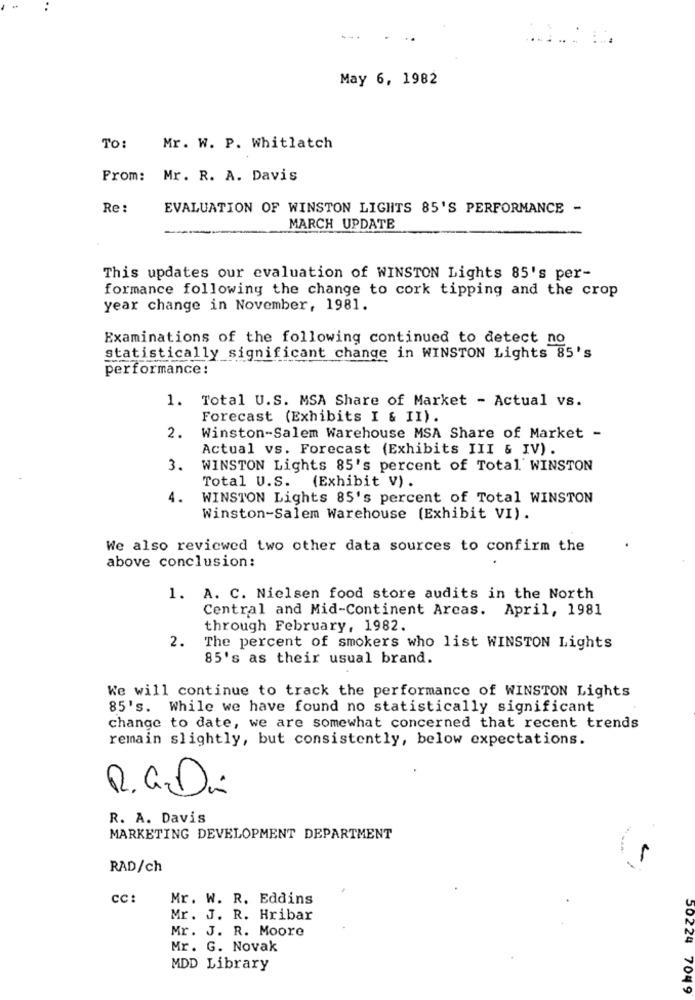
May 6, 1982
To:
Mr. W. P. Whitlatch
From: Mr. R. A. Davis
Re :
EVALUATION OF WINSTON LIGHTS 85'S PERFORMANCE -
MARCH UPDATE
This updates our evaluation of WINSTON Lights 85's per-
formance following the change to cork tipping and the crop
year change in November, 1981.
Examinations of the following continued to detect no
statistically significant change in WINSTON Lights 85's
performance:
1. Total U.S. MSA Share of Market - Actual vs.
Forecast (Exhibits I & II).
2.
Winston-Salem Warehouse MSA Share of Market -
Actual vs. Forecast (Exhibits III & IV).
3.
WINSTON Lights 85's percent of Total WINSTON
Total U.S. (Exhibit V) .
4.
WINSTON Lights 85's percent of Total WINSTON
Winston-Salem Warehouse (Exhibit VI) .
We also reviewed two other data sources to confirm the
above conclusion:
1. A. C. Nielsen food store audits in the North
Central and Mid-Continent Arcas. April, 1981
through February, 1982.
2.
The percent of smokers who list WINSTON Lights
85's as their usual brand.
We will continue to track the performance of WINSTON Lights
85's. While we have found no statistically significant
change to date, we are somewhat concerned that recent trends
remain slightly, but consistently, below expectations.
R. G.Di
R. A. Davis
MARKETING DEVELOPMENT DEPARTMENT
RAD/ch
CC:
Mr. W. R. Eddins
Mr. J. R. Hribar
Mr. J. R. Moore
Mr. G. Novak
MDD Library
50224 7049